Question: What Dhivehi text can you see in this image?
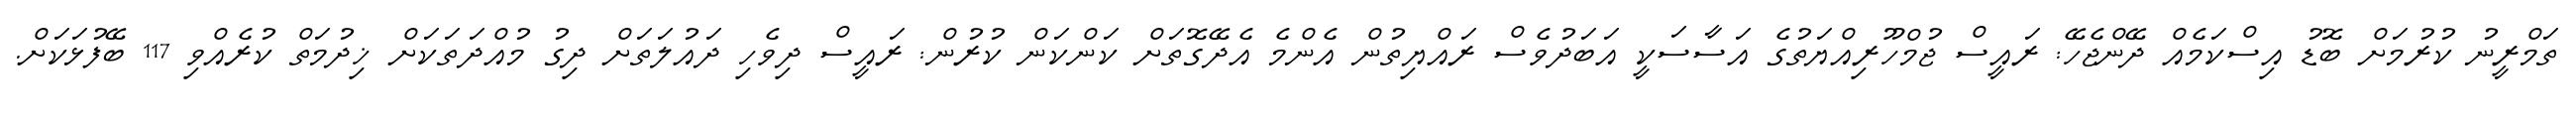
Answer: ތަމްރީނު ކުރުމަށް ބޮޑު އިސްކަމެއް ދޭންޖެހޭ: ރައީސް ޖުމްހޫރިއްޔަތުގެ އަސާސަކީ އަބަދުވެސް ރައްޔިތުން އެންމެ އެދޭގޮތަށް ކަންކަން ކުރުން: ރައީސް ދިވެހި ދައުލަތަށް ދިގު މުއްދަތަކަށް ޚިދުމަތް ކުރެއްވި 117 ބޭފުޅަކަށް.